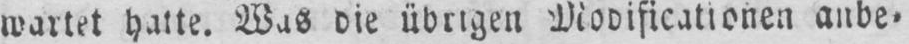
wartet hatte. Was die übrigen Modificationen anbe⸗